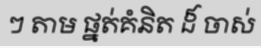
ៗ តាម ផ្នត់គំនិត ដ៏ ចាស់